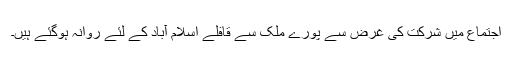
اجتماع میں شرکت کی غرض سے پورے ملک سے قافلے اسلام آباد کے لئے روانہ ہوگئے ہیں۔